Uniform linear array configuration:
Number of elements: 12
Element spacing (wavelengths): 0.5
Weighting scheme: hamming
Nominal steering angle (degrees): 0
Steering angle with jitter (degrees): -0.7384
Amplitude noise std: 0.05
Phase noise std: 0.05

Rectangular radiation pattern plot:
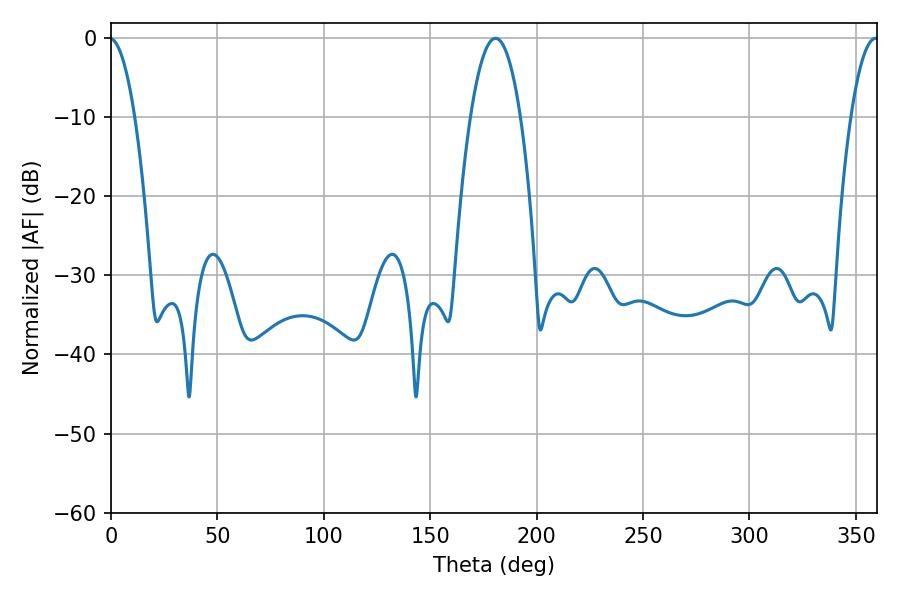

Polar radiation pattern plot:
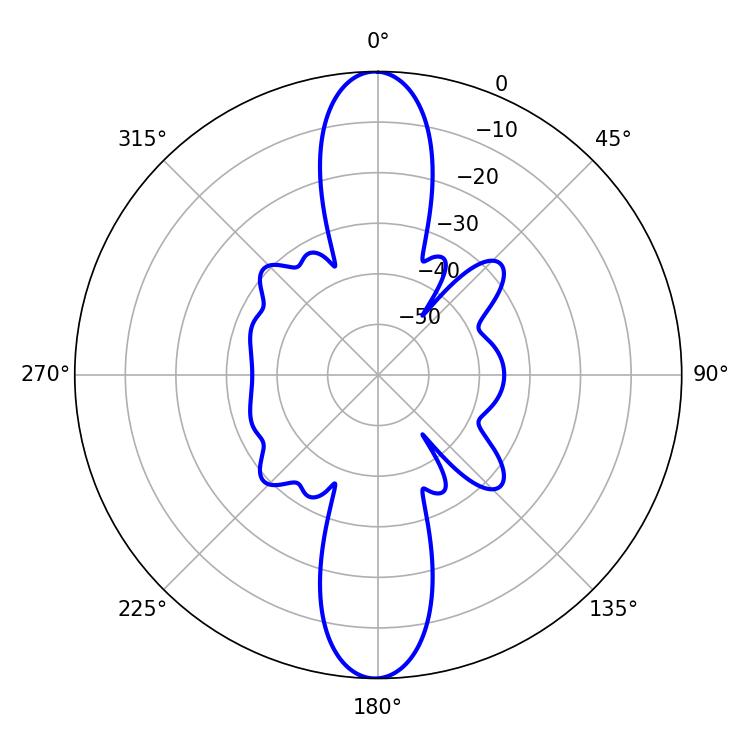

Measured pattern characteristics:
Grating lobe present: FALSE
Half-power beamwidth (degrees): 12.96
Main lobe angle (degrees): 180.72